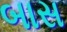
બાસ